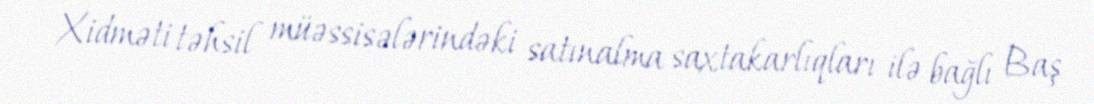
Xidməti təhsil müəssisələrindəki satınalma saxtakarlıqları ilə bağlı Baş